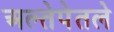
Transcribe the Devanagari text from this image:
अल्तेपेतले